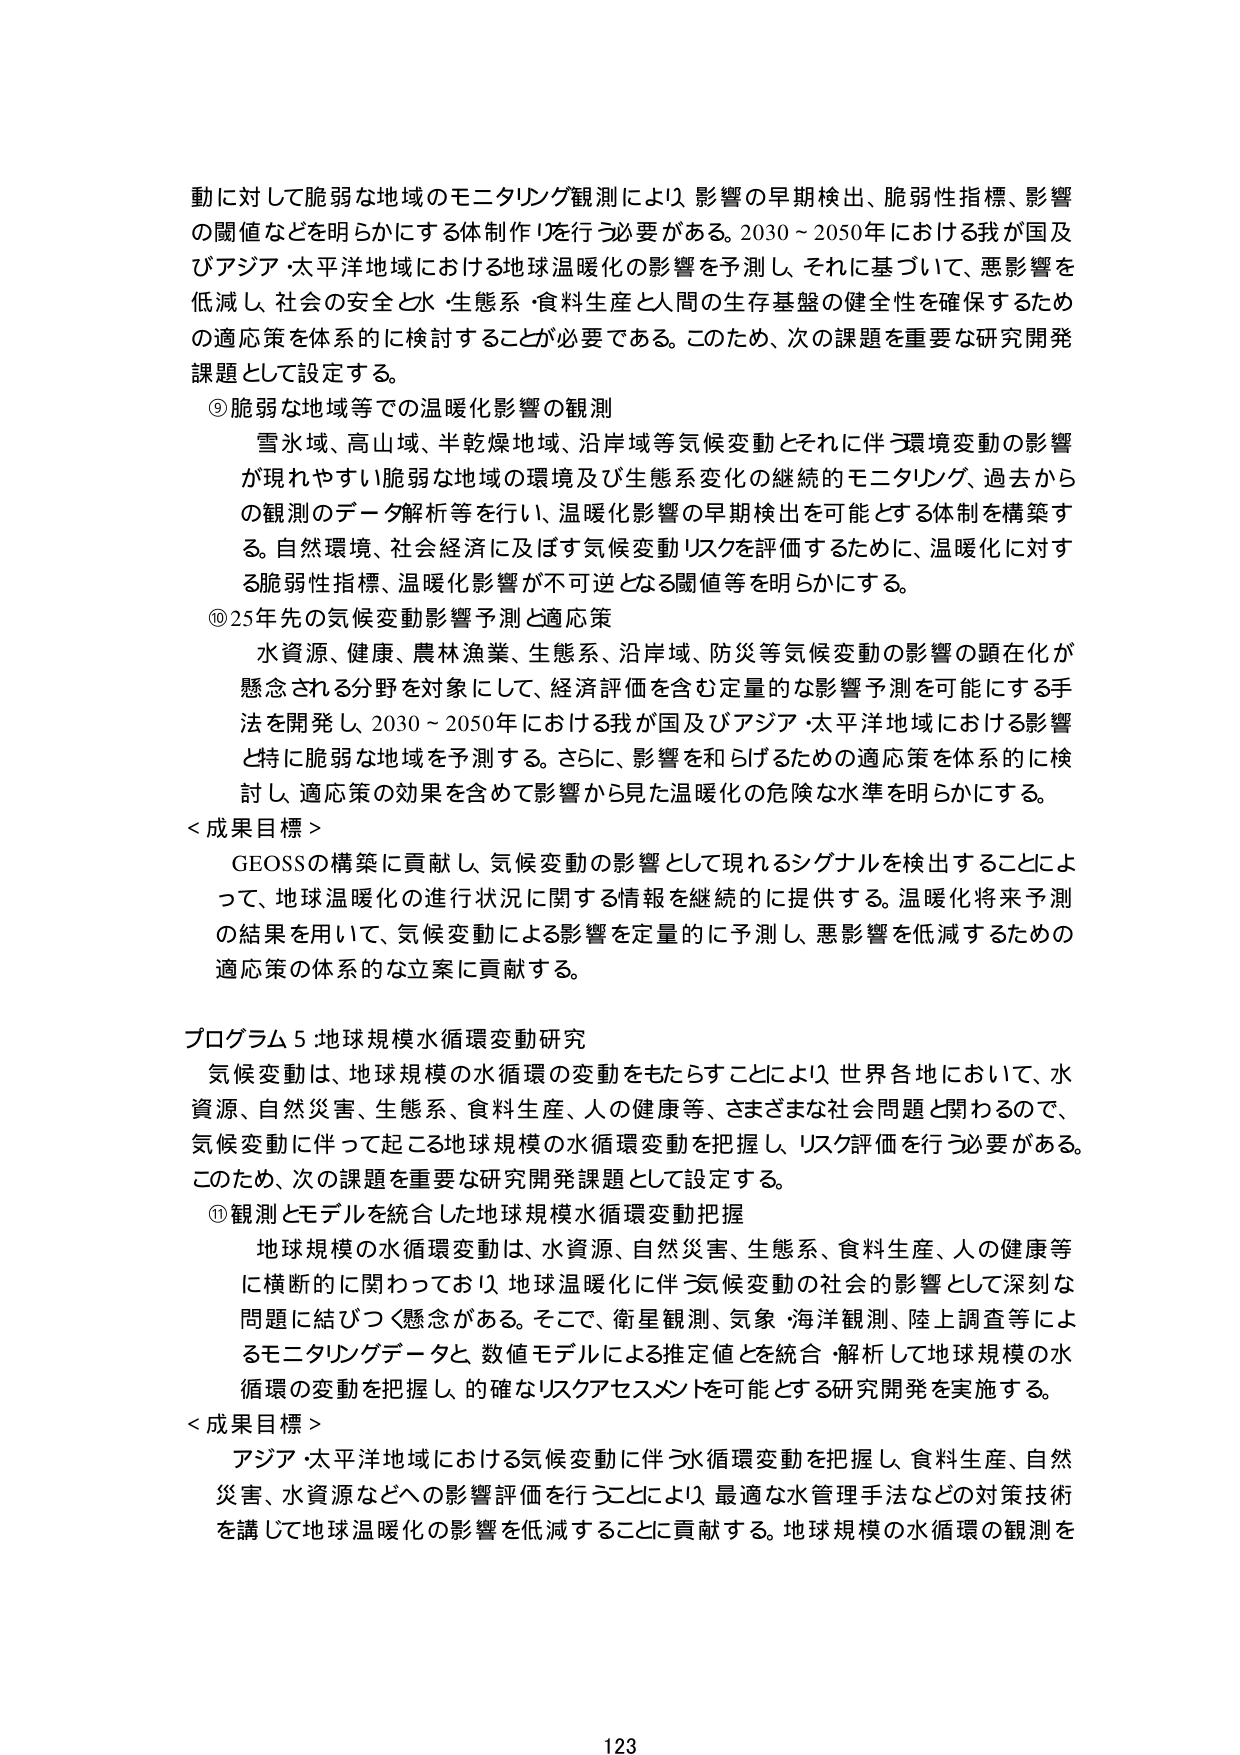
動に対して脆弱な地域のモニタリング観測により、影響の早期検出、脆弱性指標、影響の閾値などを明らかにする体制作りを行う必要がある。2030～2050年における我が国及びアジア・太平洋地域における地球温暖化の影響を予測し、それに基づいて、悪影響を低減し、社会の安全と水・生態系・食料生産と人間の生存基盤の健全性を確保するための適応策を体系的に検討することが必要である。このため、次の課題を重要な研究開発課題として設定する。

⑨ 脆弱な地域等での温暖化影響の観測
　雪水域、高山域、半乾燥地域、沿岸域等気候変動とそれに伴う環境変動の影響が現れやすい脆弱な地域の環境及び生態系変化の継続的モニタリング、過去からの観測のデータ解析等を行い、温暖化影響の早期検出を可能とする体制を構築する。自然環境、社会経済に及ぼす気候変動リスクを評価するために、温暖化に対する脆弱性指標、温暖化影響が不可逆となる閾値等を明らかにする。

⑩ 25年先の気候変動影響予測と適応策
　水資源、健康、農林漁業、生態系、沿岸域、防災等気候変動の影響の顕在化が懸念される分野を対象にして、経済評価を含む定量的な影響予測を可能にする手法を開発し、2030～2050年における我が国及びアジア・太平洋地域における影響と特に脆弱な地域を予測する。さらに、影響を和らげるための適応策を体系的に検討し、適応策の効果を含めて影響から見た温暖化の危険な水準を明らかにする。

＜成果目標＞
　GEOSSの構築に貢献し、気候変動の影響として現れるシグナルを検出することによって、地球温暖化の進行状況に関する情報を継続的に提供する。温暖化将来予測の結果を用いて、気候変動による影響を定量的に予測し、悪影響を低減するための適応策の体系的な立案に貢献する。

プログラム5 地球規模水循環変動研究
　気候変動は、地球規模の水循環の変動をもたらすことにより、世界各地において、水資源、自然災害、生態系、食料生産、人の健康等、さまざまな社会問題と関わるので、気候変動に伴って起こる地球規模の水循環変動を把握し、リスク評価を行う必要がある。このため、次の課題を重要な研究開発課題として設定する。

⑪ 観測とモデルを統合した地球規模水循環変動把握
　地球規模の水循環変動は、水資源、自然災害、生態系、食料生産、人の健康等に横断的に関わっており、地球温暖化に伴う気候変動の社会的影響として深刻な問題に結びつく懸念がある。そこで、衛星観測、気象・海洋観測、陸上調査等によるモニタリングデータと、数値モデルによる推定値を統合・解析して地球規模の水循環の変動を把握し、的確なリスクアセスメントを可能とする研究開発を実施する。

＜成果目標＞
　アジア・太平洋地域における気候変動に伴う水循環変動を把握し、食料生産、自然災害、水資源などへの影響評価を行うことにより、最適な水管理手法などの対策技術を講じて地球温暖化の影響を低減することに貢献する。地球規模の水循環の観測を

123